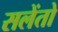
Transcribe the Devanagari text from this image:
सलेंतो